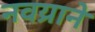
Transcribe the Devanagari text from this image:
नवय्राने